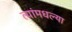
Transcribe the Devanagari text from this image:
त्यांमधल्या